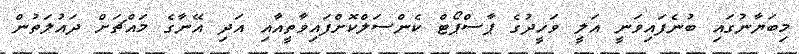
މިބަޔާނުގައި ބުނެފައިވަނީ އަލީ ވަހީދުގެ ޕާސްޕޯޓް ކެންސަލްކޮށްފައިވާތީއާއި އަދި އޭނާގެ މައްޗަށް ދައުލަތުން